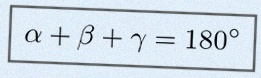
\alpha+\beta+\gamma=180^\circ